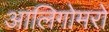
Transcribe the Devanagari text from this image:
आलिगोमरों